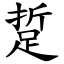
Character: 踅